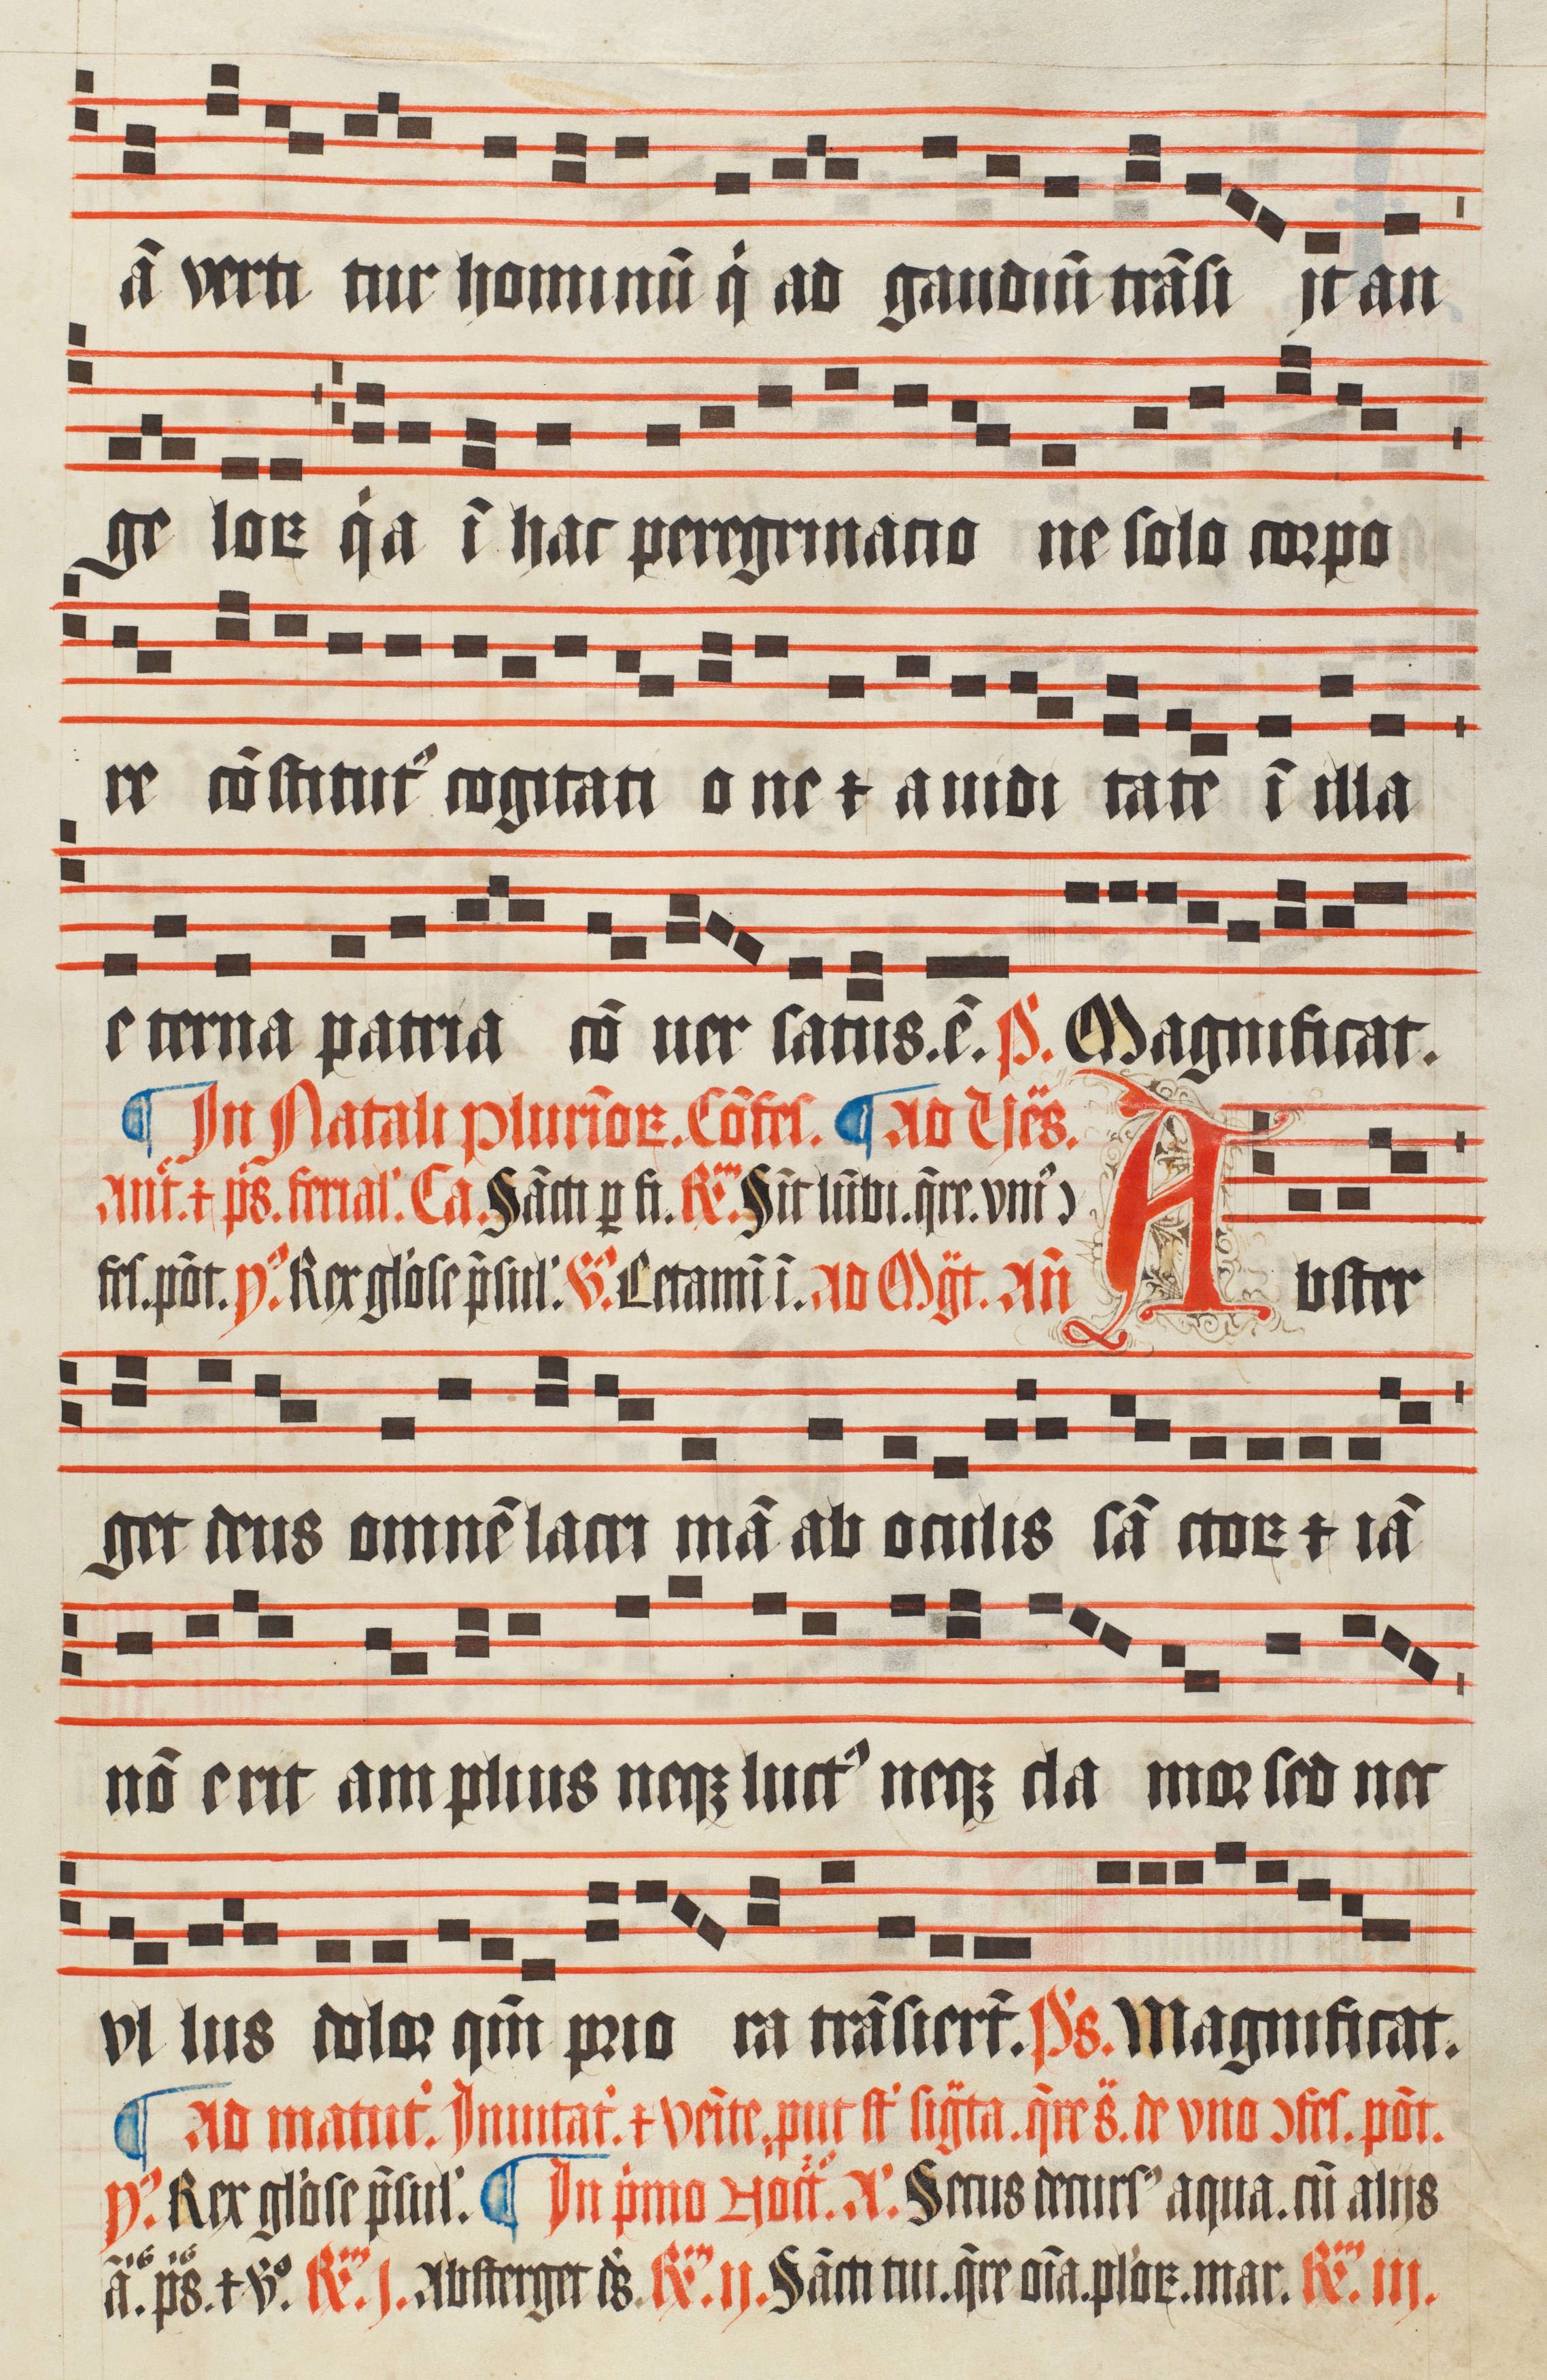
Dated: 1509–1517